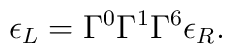
\epsilon_L = \Gamma^0 \Gamma^1 \Gamma^6 \epsilon_R.